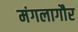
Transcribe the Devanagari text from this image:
मंगलागौर